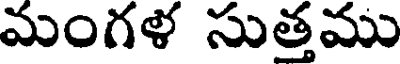
మంగళ సుత్తము